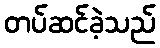
တပ်ဆင်ခဲ့သည်